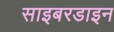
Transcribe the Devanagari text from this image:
साइबरडाइन